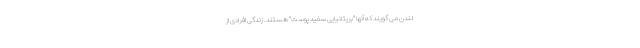
لندن می گویند که آنها "بریتانیایی سفید پوست" هستند. زندگی افرادی از